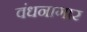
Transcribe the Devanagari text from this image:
वंधनागार